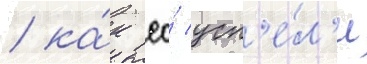
/ ка́к ео́ усп'е́л'и